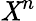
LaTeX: \mathit{X}^{n}